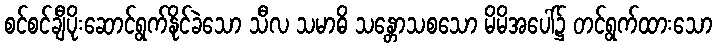
စင်စင်ချီပိုးဆောင်ရွက်နိုင်ခဲသော သီလ သမာဓိ သန္တောသစသော မိမိအပေါ်၌ တင်ရွက်ထားသော